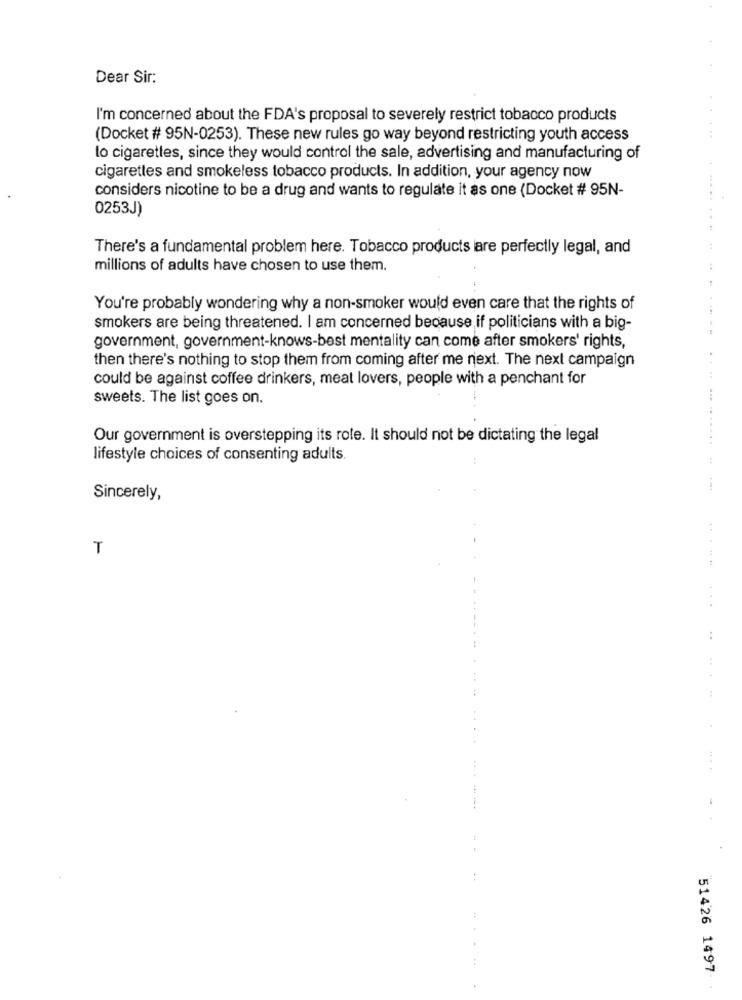
Dear Sir:
I'm concerned about the FDA's proposal to severely restrict tobacco products
(Docket # 95N-0253). These new rules go way beyond restricting youth access
lo cigarettes, since they would control the sale, advertising and manufacturing of
cigarettes and smokeless tobacco products. In addition, your agency now
considers nicotine to be a drug and wants to regulate it as one (Docket # 95N-
0253J)
There's a fundamental problem here. Tobacco products are perfectly legal, and
millions of adults have chosen to use them.
You're probably wondering why a non-smoker would even care that the rights of
smokers are being threatened. I am concerned because if politicians with a big-
government, government-knows-best mentality can come after smokers' rights,
then there's nothing to stop them from coming after me next. The next campaign
could be against coffee drinkers, meat lovers, people with a penchant for
sweets. The list goes on.
Our government is overstepping its role. It should not be dictating the legal
lifestyle choices of consenting adults.
................ ....
Sincerely,
T
......
...
:
51426 1497